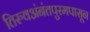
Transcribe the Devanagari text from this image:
तिरुवअंनंतपुरमपासून